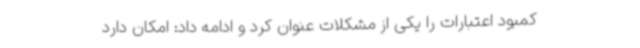
کمبود اعتبارات را یکی از مشکلات عنوان کرد و ادامه داد: امکان دارد